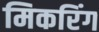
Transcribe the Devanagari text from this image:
मिकरिंग